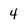
Character: 4